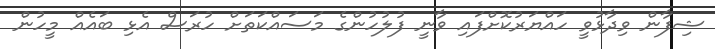
ޝިފާން ވިދާޅުވީ ހައްޔަރުކޮށްފައި ވާނީ ފުލުހުންގެ މަސައްކަތަށް ހުރަސް އެޅި ބައެއް މީހުން